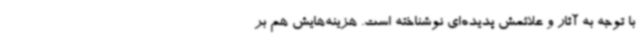
با توجه به آثار و علائمش پدیده‌ای نوشناخته است. هزینه‌هایش هم بر